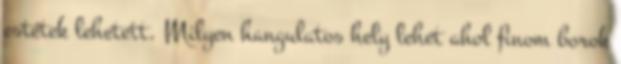
estétek lehetett. Milyen hangulatos hely lehet ahol finom borok